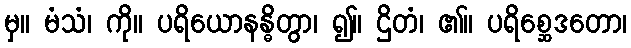
မှ။ မံသံ၊ ကို။ ပရိယောနန္ဓိတွာ၊ ၍။ ဌိတံ၊ ၏။ ပရိစ္ဆေဒတော၊